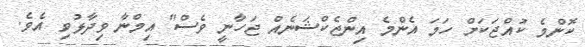
ކޮންމެ ކުއްޖަކަށް ހަމަ އެންމެ އިންޖެކްޝަނެއް ޖަހާނީ ވެސް" އިމްނާ ވިދާޅުވި އެވެ.